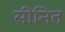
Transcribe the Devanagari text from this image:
सीनित